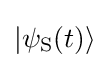
|\psi _{\rm {S}}(t)\rangle